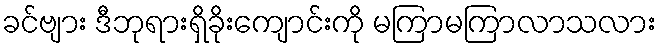
ခင်ဗျား ဒီဘုရားရှိခိုးကျောင်းကို မကြာမကြာလာသလား